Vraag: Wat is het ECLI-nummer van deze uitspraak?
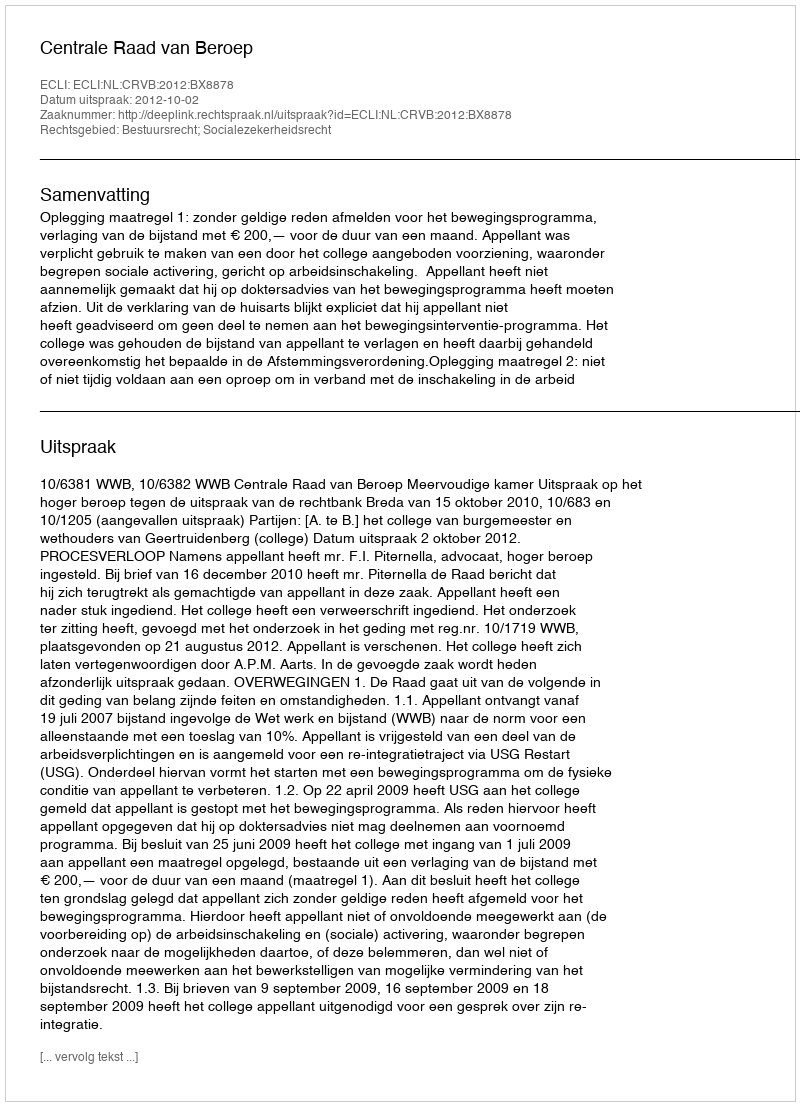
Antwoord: ECLI:NL:CRVB:2012:BX8878